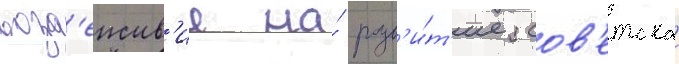
возд'еиств'ие на́ разв'и́т'ие сов'етскои